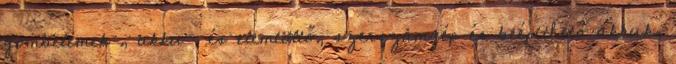
gombelemek , akku- és elemtöltő, szerszámgép és beépíthető akkuk,